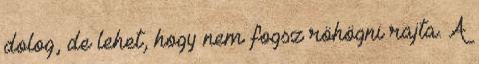
dolog, de lehet, hogy nem fogsz röhögni rajta. A